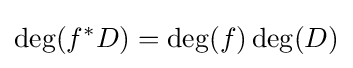
\deg(f^{*}D)=\deg(f)\deg(D)